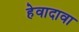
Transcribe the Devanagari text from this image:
हेवादावा